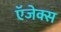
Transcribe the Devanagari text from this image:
ऍजेक्स